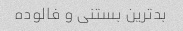
بدترین بستنی و فالوده